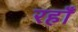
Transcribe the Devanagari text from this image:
रहाँ